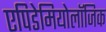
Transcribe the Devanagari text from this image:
एपिडेमियोलॉजिक